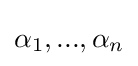
\alpha _{1},...,\alpha _{n}